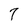
Character: 7